Lunatic asylums Punjab 1895-1910 - 1895-1910
Year: 1895
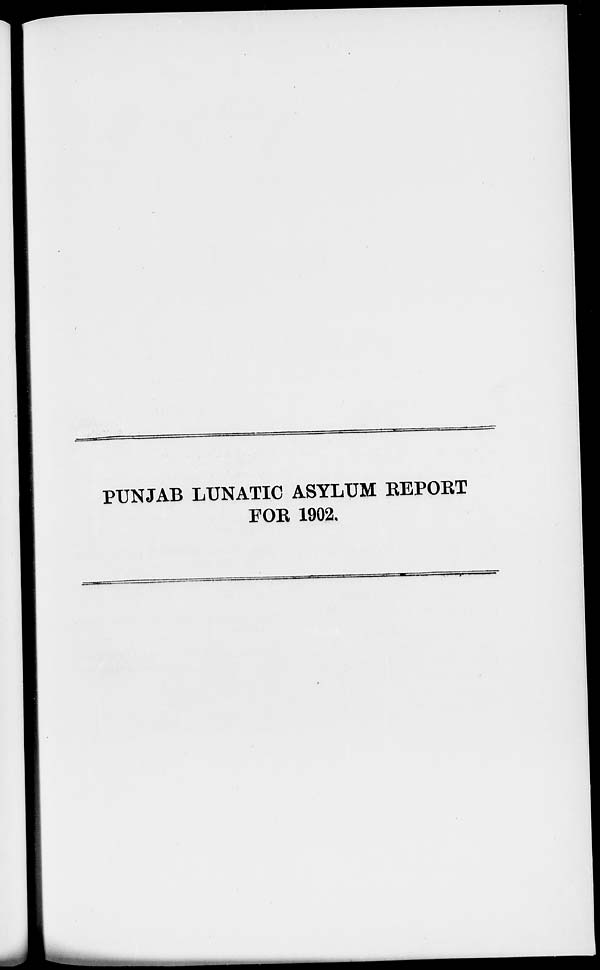
PUNJAB LUNATIC ASYLUM REPORT
FOR 1902.